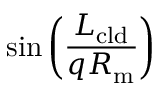
\sin { \left( \frac { L _ { \mathrm { c l d } } } { q R _ { \mathrm { m } } } \right) }